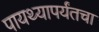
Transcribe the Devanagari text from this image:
पायथ्यापर्यंतचा